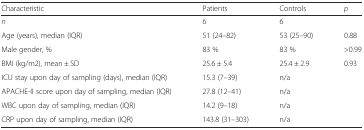
| Characteristic | Patients | Controls | p |
 | --- | --- | --- | --- |
 | n | 6 | 6 |  |
 | Age (years), median (IQR) | 51 (24–82) | 53 (25–90) | 0.88 |
 | Male gender, % | 83 % | 83 % | >0.99 |
 | BMI (kg/m2), mean ± SD | 25.6 ± 5.4 | 25.4 ± 2.9 | 0.93 |
 | ICU stay upon day of sampling (days), median (IQR) | 15.3 (7–39) | n/a |  |
 | APACHE-II score upon day of sampling, median (IQR) | 27.8 (12–41) | n/a |  |
 | WBC upon day of sampling, median (IQR) | 14.2 (9–18) | n/a |  |
 | CRP upon day of sampling, median (IQR) | 143.8 (31–303) | n/a |  |